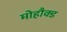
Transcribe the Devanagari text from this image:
मोहौक्ड